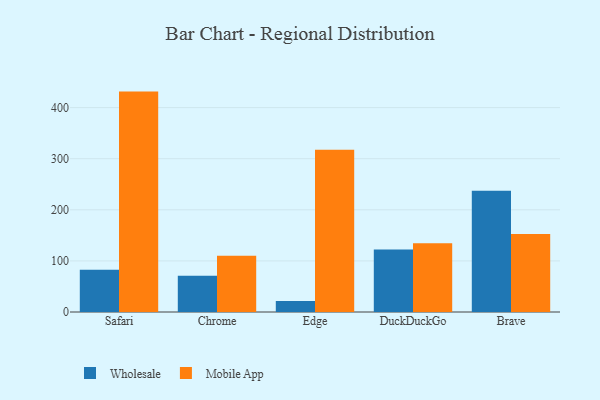
{"axis": {"x": "Browser", "y": "Inventory Turnover"}, "legend": ["Mobile App", "Wholesale"], "data": [{"x": "Safari", "y": 82.8, "type": "Wholesale"}, {"x": "Safari", "y": 431.3, "type": "Mobile App"}, {"x": "Chrome", "y": 71.1, "type": "Wholesale"}, {"x": "Chrome", "y": 110.0, "type": "Mobile App"}, {"x": "Edge", "y": 21.6, "type": "Wholesale"}, {"x": "Edge", "y": 317.7, "type": "Mobile App"}, {"x": "DuckDuckGo", "y": 122.1, "type": "Wholesale"}, {"x": "DuckDuckGo", "y": 134.7, "type": "Mobile App"}, {"x": "Brave", "y": 237.5, "type": "Wholesale"}, {"x": "Brave", "y": 152.7, "type": "Mobile App"}]}